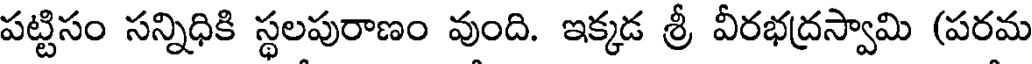
పట్టిసం సన్నిధికి స్థలపురాణం వుంది. ఇక్కడ శ్రీ వీరభద్రస్వామి (పరమ